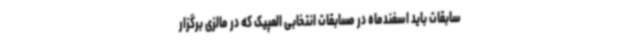
سابقات باید اسفندماه در مسابقات انتخابی المپیک که در مالزی برگزار